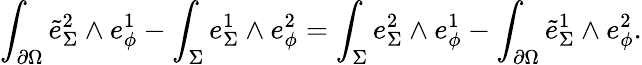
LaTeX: \int_{\partial\Omega}\tilde{e}_{\Sigma}^{2}\wedge e_{\phi}^{1}-\int_{\Sigma}e_{\Sigma}^{1}\wedge e_{\phi}^{2}=\int_{\Sigma}e_{\Sigma}^{2}\wedge e_{\phi}^{1}-\int_{\partial\Omega}\tilde{e}_{\Sigma}^{1}\wedge e_{\phi}^{2}.